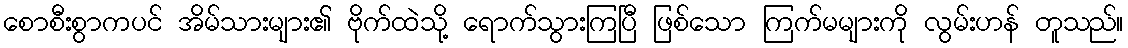
စောစီးစွာကပင် အိမ်သားများ၏ ဗိုက်ထဲသို့ ရောက်သွားကြပြီ ဖြစ်သော ကြက်မများကို လွမ်းဟန် တူသည်။